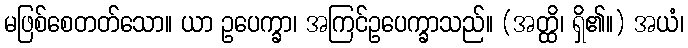
မဖြစ်စေတတ်သော။ ယာ ဥပေက္ခာ၊ အကြင်ဥပေက္ခာသည်။ (အတ္ထိ၊ ရှိ၏။) အယံ၊